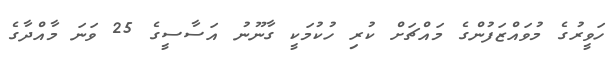
ހަވީރުގެ މުވައްޒަފުންގެ މައްޗަށް ކުރި ހުކުމަކީ ގާނޫނު އަސާސީގެ 25 ވަނަ މާއްދާގެ